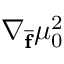
\nabla _ { \overline { { \mathbf { f } } } } \mu _ { 0 } ^ { 2 }